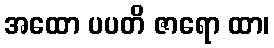
အထော ပပတိ ဇာရော ထာ၊